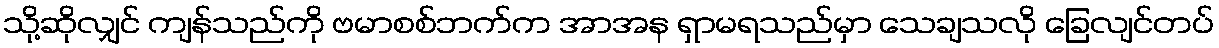
သို့ဆိုလျှင် ကျန်သည်ကို ဗမာစစ်ဘက်က အာအန ရှာမရသည်မှာ သေချသလို ခြေလျင်တပ်